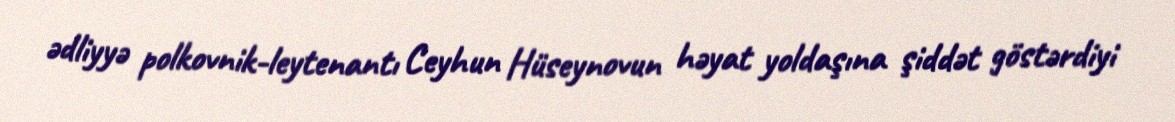
ədliyyə polkovnik-leytenantı Ceyhun Hüseynovun həyat yoldaşına şiddət göstərdiyi